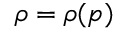
\rho = \rho ( p )